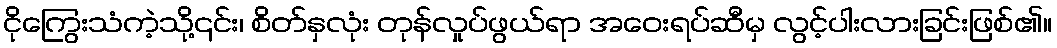
ငိုကြွေးသံကဲ့သို့၎င်း၊ စိတ်နှလုံး တုန်လှုပ်ဖွယ်ရာ အဝေးရပ်ဆီမှ လွင့်ပါးလားခြင်းဖြစ်၏။